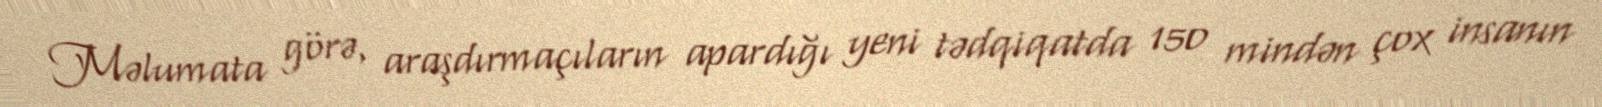
Məlumata görə, araşdırmaçıların apardığı yeni tədqiqatda 150 mindən çox insanın